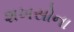
શખસોના